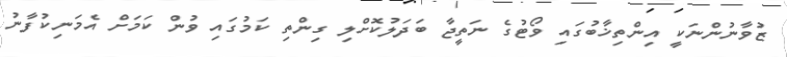
ޒުވާނުންނަކީ އިންތިޚާބުގައި ވޯޓުގެ ނަތީޖާ ބަދަލުކޮށްލި ގިންތި ކަމުގައި ވުން ކަމަށް އެމަނިކުފާނު